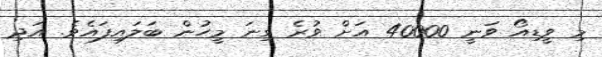
މި ވީޑިއޯ ވަނީ 40000 އަށް ވުރެ ގިނަ މީހުން ބަލައިފައެވެ. އަދި